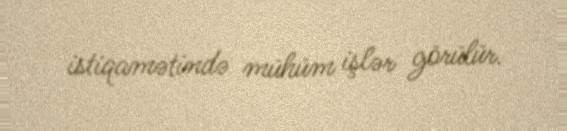
istiqamətində mühüm işlər görülür.